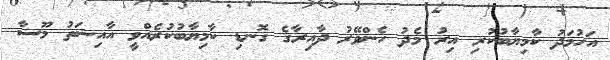
އަހުމަދު ކާމިޔާބުކުރި އިރު މެދު ހެންވޭރު ދާއިރާގެ ގޮނޑި ކާމިޔާބުކުރެއްވީ އާއިޝަތު މޫސާ